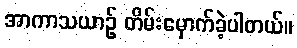
အာကာသယာဉ် တိမ်းမှောက်ခဲ့ပါတယ်။